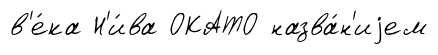
в'е́ка Н'и́ва ОКАТО назва́н'иjем